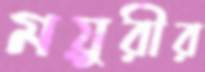
ময়ুরীর